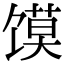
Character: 馍